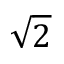
\sqrt 2